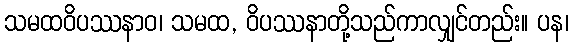
သမထဝိပဿနာဝ၊ သမထ, ဝိပဿနာတို့သည်ကာလျှင်တည်း။ ပန၊